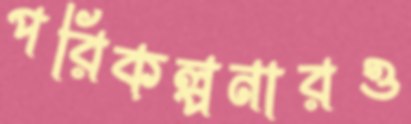
পরিকল্পনারও